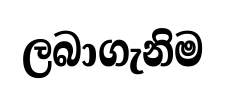
ලබාගැනිම